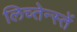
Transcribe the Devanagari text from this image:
लिच्तेन्स्तें